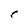
Character: r